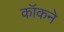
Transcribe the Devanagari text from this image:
कॉकने